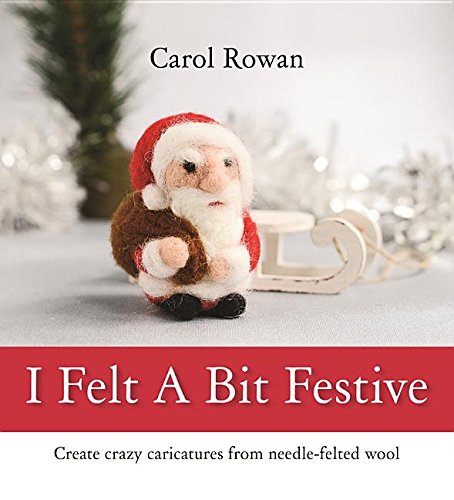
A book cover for I Felt A Bit Festive: Create Crazy Caricatures From Needle-Felted Wool; Carol Rowan Carol; Crafts, Hobbies & Home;